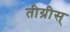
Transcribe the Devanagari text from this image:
तीग्रीस्